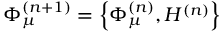
\Phi _ { \mu } ^ { ( n + 1 ) } = \left\{ \Phi _ { \mu } ^ { ( n ) } , H ^ { ( n ) } \right\}